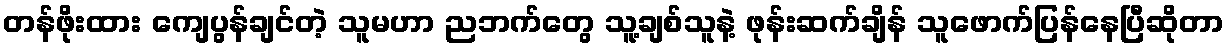
တန်ဖိုးထား ကျေပွန်ချင်တဲ့ သူမဟာ ညဘက်တွေ သူ့ချစ်သူနဲ့ ဖုန်းဆက်ချိန် သူဖောက်ပြန်နေပြီဆိုတာ